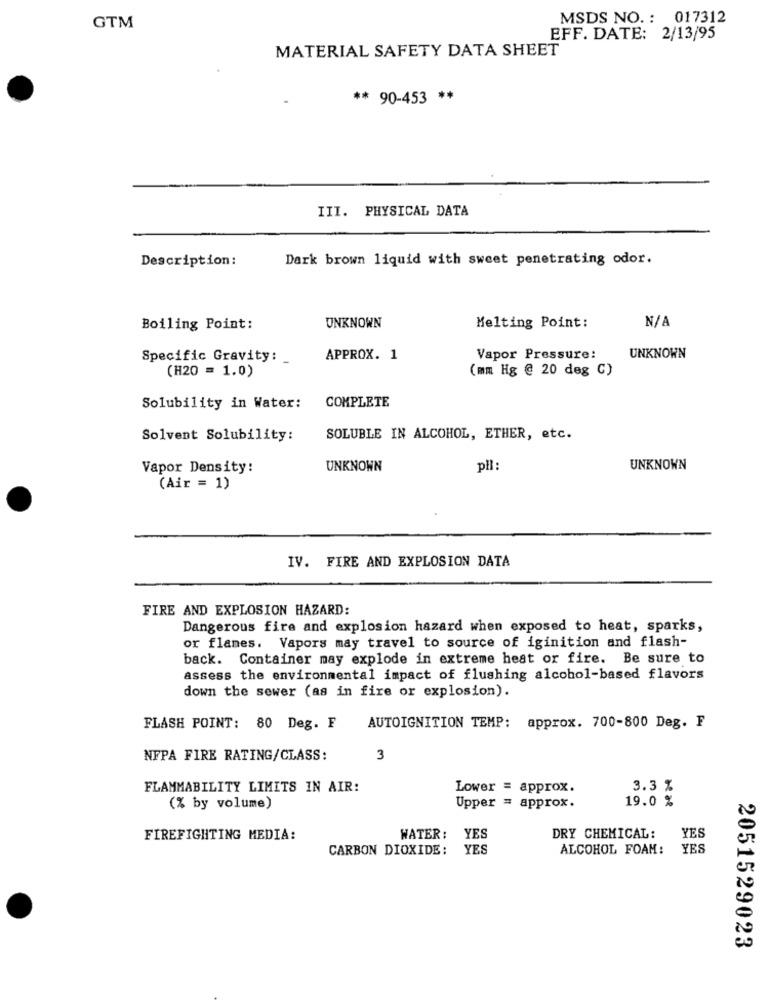
MSDS NO. : 017312
GTM
EFF. DATE: 2/13/95
MATERIAL SAFETY DATA SHEET
** 90-453 **
III. PHYSICAL DATA
Description :
Dark brown liquid with sweet penetrating odor.
Boiling Point:
UNKNOWN
Melting Point:
Specific Gravity:
APPROX. 1
Vapor Pressure:
UNKNOWN
(H20 = 1.0)
(mm Hg @ 20 deg C)
Solubility in Water:
COMPLETE
Solvent Solubility:
SOLUBLE IN ALCOHOL, ETHER, etc.
Vapor Density:
UNKNOWN
pil:
UNKNOWN
(Air = 1)
IV. FIRE AND EXPLOSION DATA
FIRE AND EXPLOSION HAZARD:
Dangerous fire and explosion hazard when exposed to heat, sparks,
or flames. Vapors may travel to source of iginition and flash-
back. Container may explode in extreme heat or fire. Be sure to
assess the environmental impact of flushing alcohol-based flavors
down the sewer (as in fire or explosion).
FLASH POINT: 80 Deg. F
AUTOIGNITION TEMP: approx. 700-800 Deg. F
NFPA FIRE RATING/CLASS:
3
FLAMMABILITY LIMITS IN AIR:
Lower = approx.
3.3 %
19.0 %
(% by volume)
Upper = approx.
FIREFIGHTING MEDIA:
WATER: YES
DRY CHEMICAL:
YES
CARBON DIOXIDE: YES
ALCOHOL FOAM:
YES
2051529023